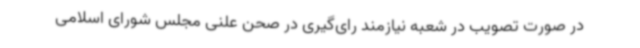
در صورت تصویب در شعبه نیازمند رای‌گیری در صحن علنی مجلس شورای اسلامی